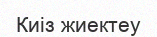
Киіз жиектеу